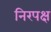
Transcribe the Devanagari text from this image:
निरपक्ष